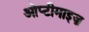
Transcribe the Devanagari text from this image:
ओप्टीमाइज़